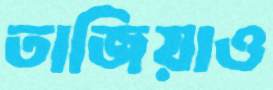
তাজিয়াও